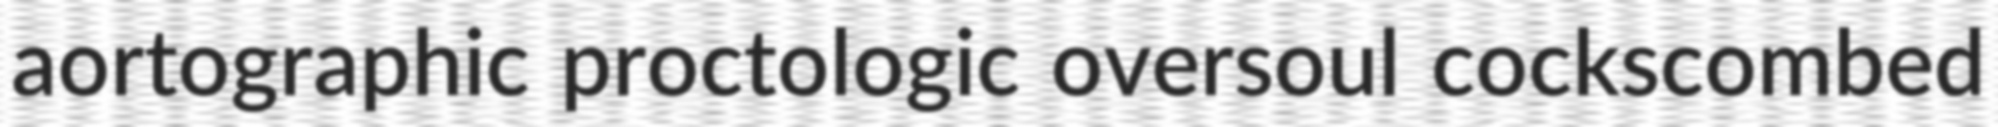
aortographic proctologic oversoul cockscombed